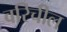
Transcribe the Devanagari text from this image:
वरिचील